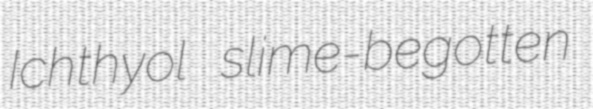
Ichthyol slime-begotten